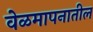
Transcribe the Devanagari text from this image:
वेळमापनातील